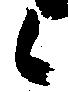
候